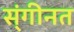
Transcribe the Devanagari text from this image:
स्ंगीनत